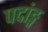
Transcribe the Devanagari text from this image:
पदांङ्ग